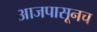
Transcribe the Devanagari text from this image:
आजपासूनच